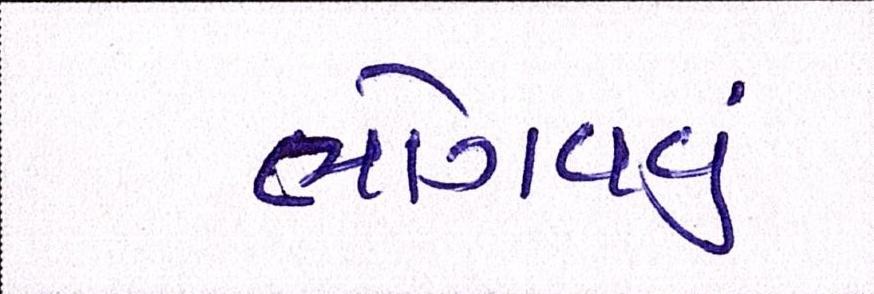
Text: ભોગવવું